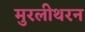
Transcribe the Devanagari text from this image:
मुरलीथरन